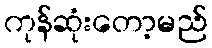
ကုန်ဆုံးတော့မည်